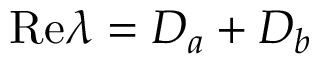
\mathrm { R e } \lambda = D _ { a } + D _ { b }